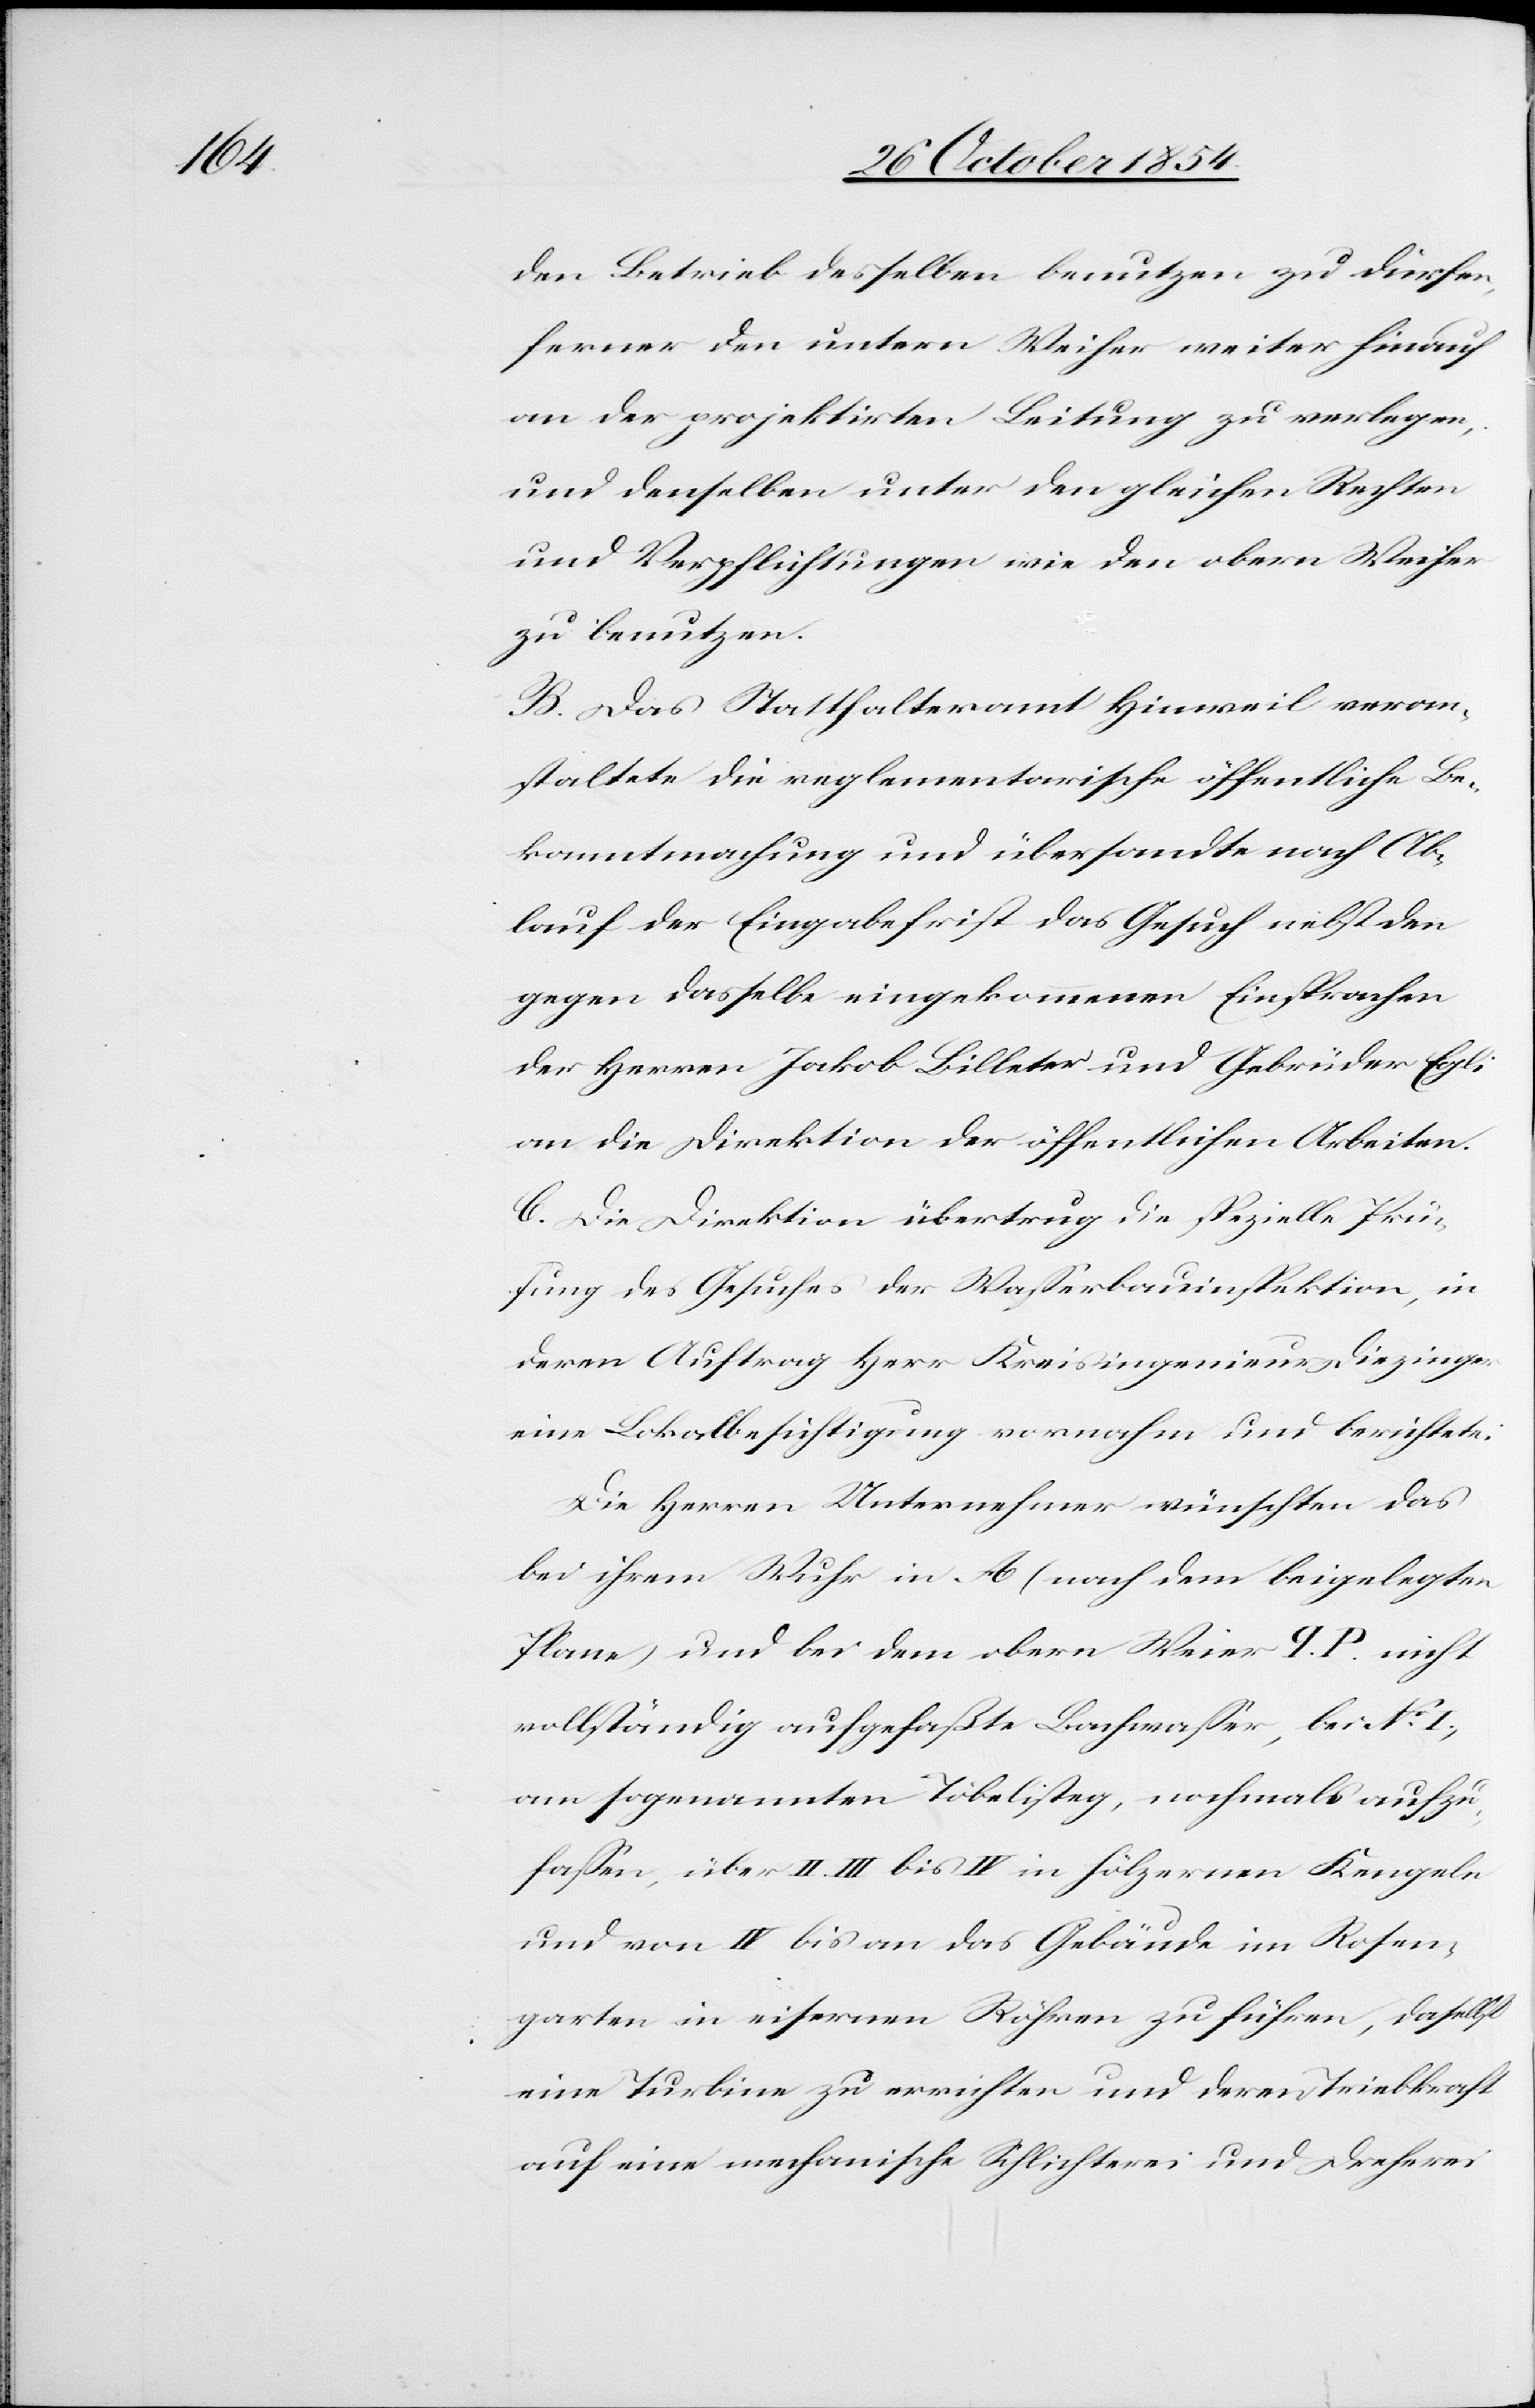
den Betrieb desselben benutzen zu dürfen,
ferner den untern Weiher weiter hinauf
an der projektirten Leitung zu verlegen;
und denselben unter den gleichen Rechten
und Verpflichtungen wie den obern Weiher
zu benutzen.
B. Das Statthalteramt Hinweil veran¬
staltete die reglementarische öffentliche Be¬
kanntmachung und übersandte nach Ab¬
lauf der Eingabefrist das Gesuch nebst den
gegen dasselbe eingekommenen Einsprachen
der Herren Jakob Billeter und Gebrüder Egli
an die Direktion der öffentlichen Arbeiten.
C. Die Direktion übertrug die spezielle Prü¬
fung des Gesuches der Waßerbauinspektion, in
deren Auftrag Herr Kreisingenieur Diezinger
eine Lokalbesichtigung vornahm und berichtete:
Die Herren Unternehmer wünschten das
bei ihrem Wuhr in A (nach dem beigelegten
Plane) und bei dem obern Weiher I. P. nicht
vollständig aufgefaßte Bachwaßer, bei No I,
am sogenannten Töbelisteg, nochmals aufzu¬
faßen, über II. III. bis IV in hölzernen Kengeln
und von IV bis an das Gebäude im Rosen¬
garten in eisernen Röhren zu führen, daselbst
eine Turbine zu errichten und deren Triebkraft
auf eine mechanische Schlichterei und Dreherei